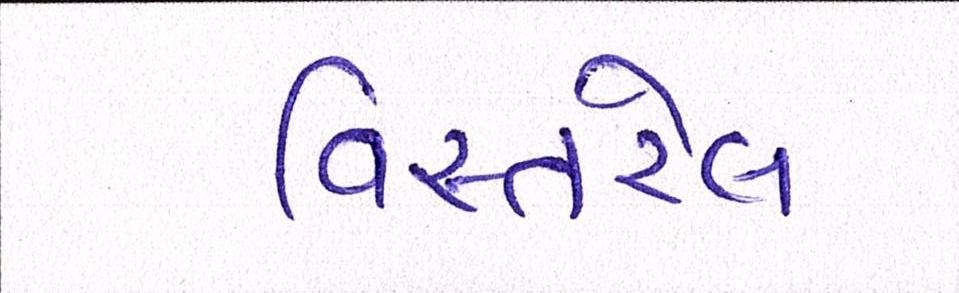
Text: વિસ્તરેલ